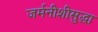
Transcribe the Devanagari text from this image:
जर्मनीशीसुद्धा